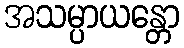
အသမ္ပာယန္တော